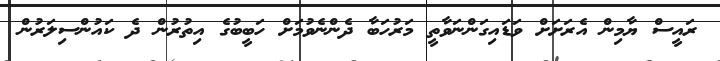
ރައީސް ޔާމިން އެރަށަށް ވަޑައިގަންނަވާތީ މަރުހަބާ ދެންނެވުމަށް ހަބީބުގެ އިތުރުން ދެ ކައުންސިލަރުން